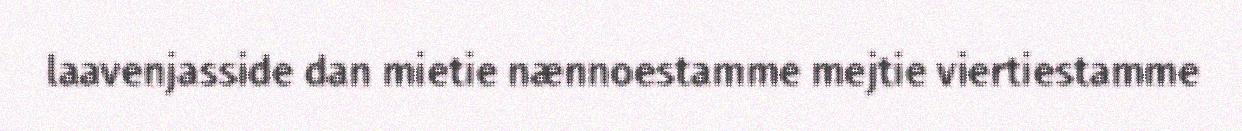
laavenjasside dan mietie nænnoestamme mejtie viertiestamme